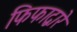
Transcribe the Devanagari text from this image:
फिफाद्वारे